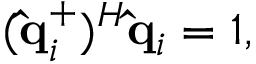
( \mathbf { \hat { q } } _ { i } ^ { + } ) ^ { H } \mathbf { \hat { q } } _ { i } = 1 ,